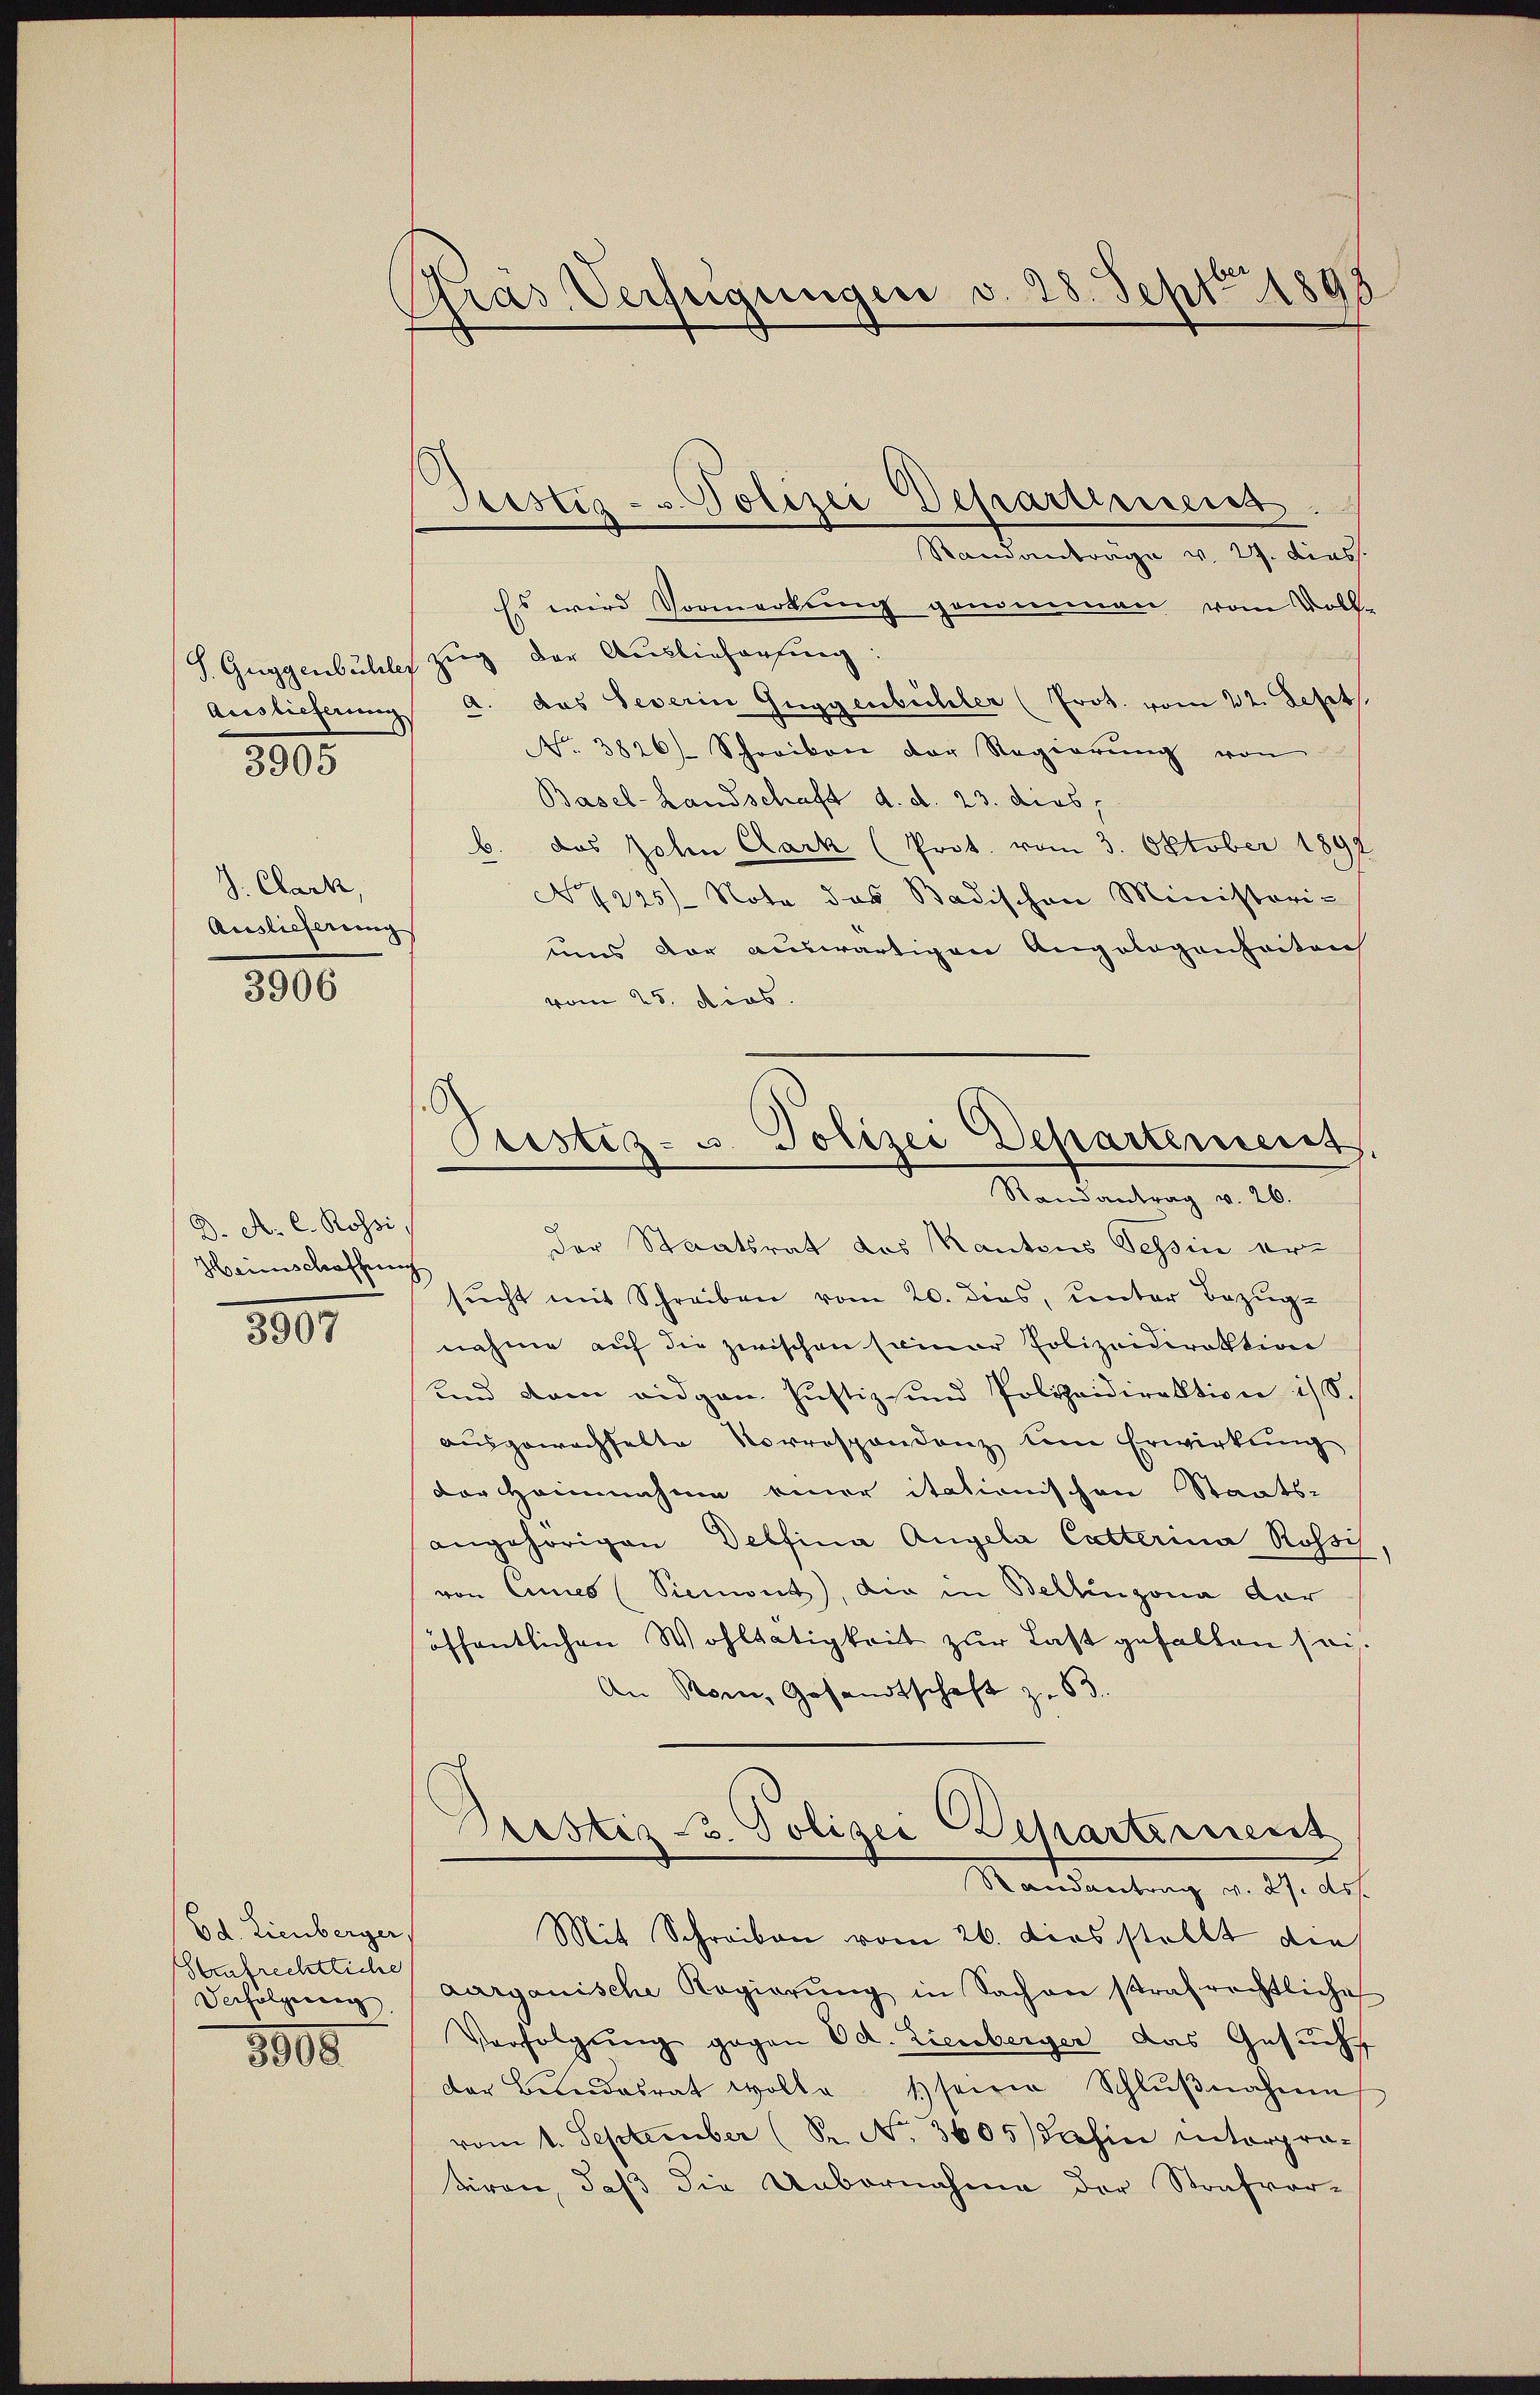
Auslieferung
3805

J. Clark,
Auslieferung

3906

D. A. C. Rossi,
Heimschaffung

3907

Ed. Lienberger
Strubrechtliche
Verfolgeren
8800

Gras Verfügungen v. 28. Sept 1898

Justiz- & Polizei Departerreich

Standanträge v. 29. diess.
Es wird Vormerkung genommen vom Voll-
S. Guggenbuhles Zug der Auslieferung:
a. das Severin Guggenbüchler (Prot. vom 22. Sept.
No. 3826 Schreiben der Regierŭng von
Basel-Landschaft d. d. 23. dies,
b. das Johen Cark (Prot. vom 3. Oktober 1897
No͇ 1225) Note das Badischen Ministori-
uns der auswärtigen Angelegenheitlich
vom 25. dies
Randantrag v. 26.
der Staatsrat des Kantons Tessin ers
sŭcht mit Schreiben vom 20. dies, unter Bezüg-
nahme auf die zwischen seiner Polizeidirektion
und dem eidgen. Justiz- und Polizeidirektion i/8.
ausgewachhalte Vorrespondenz eine Erwirkung
der Heinnahme einer itationischen Staats-
angehörigen Deffina Angela Catterina Rossis
von Eines (Sienwut), die in Bellinzona dar
öffentlichen Wohltätigkeit zur Last gefallen sei.
An Rom, Gesandtschaft z. 63.
Prustiz 3. Polizei Scharternent
Mandantung d. d. Joh.
Mit Schreiben vom 26. ders stellt die
aarganische Regierŭng in Sachen strafrechtliche
Verfolgung gegen od. Lienberger das Gesucht
der Behandesrat wolle 1 seine Schlŭβnahme
vom 1. September (Sr. No. 3605) Pasie interpra-
tiren, daß die Unbornahme der Strafvor-

Fristiz- u. Polizei Departiniens